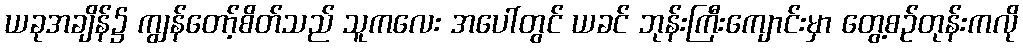
ယခုအချိန်၌ ကျွန်တော့်စိတ်သည် သူကလေး အပေါ်တွင် ယခင် ဘုန်းကြီးကျောင်းမှာ တွေ့စဉ်တုန်းကလို